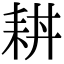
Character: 𦓮